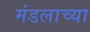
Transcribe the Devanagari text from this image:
मंडलाच्या